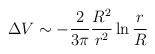
LaTeX: \begin{align*}\Delta V \sim -\frac{2}{3\pi} \frac{R^2}{r^2} \ln \frac{r}{R}\end{align*}